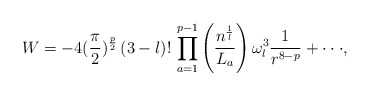
\begin{align*}W=-4 (\frac{\pi}{2})^{\frac{p}{2}} \,(3-l)!\,\prod_{a=1}^{p-1} \left( \frac{n^{\frac{1}{l}}}{L_a} \right) \omega_l^3\frac 1{r^{8-p}}+ \cdot\cdot\cdot ,\end{align*}